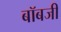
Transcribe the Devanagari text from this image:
बॉबजी